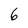
Character: 6